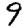
Digit: 9